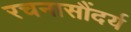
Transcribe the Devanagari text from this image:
रचनासौंदर्य